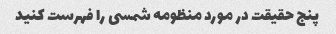
پنج حقیقت در مورد منظومه شمسی را فهرست کنید